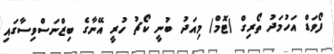
ފޯވަޑް އަހުމަދު ތޯރިގް (ޓޮމް) މިއަދު ބުނީ ކޯޗު ހުރީ އޭނާގެ ބިޒްނަސްވިސާގައި